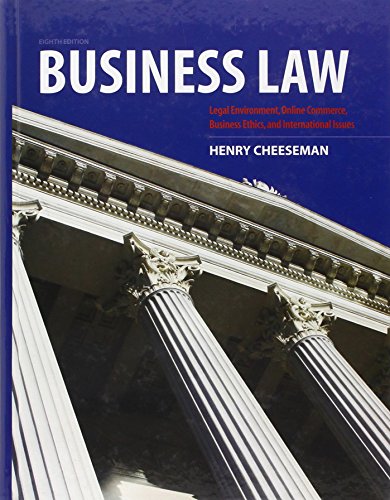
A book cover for Business Law (8th Edition); Henry R. Cheeseman; Law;